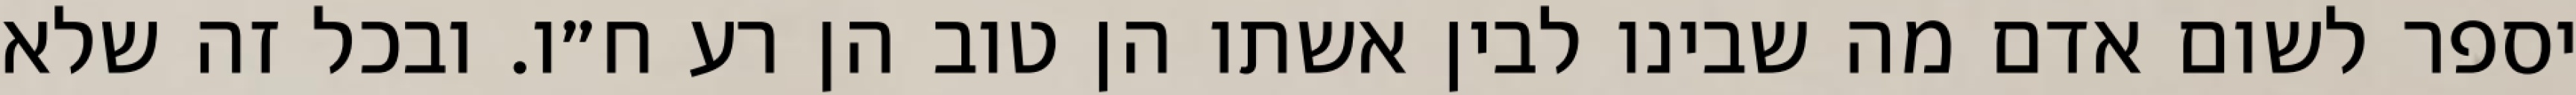
יספר לשום אדם מה שבינו לבין אשתו הן טוב הן רע ח״ו. ובכל זה שלא